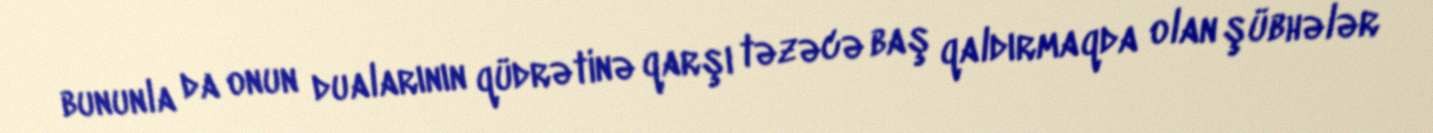
bununla da onun dualarının qüdrətinə qarşı təzəcə baş qaldırmaqda olan şübhələr